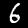
Label: 6